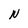
Character: N